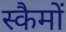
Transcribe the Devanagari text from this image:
स्कैमों